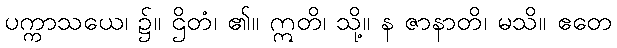
ပက္ကာသယေ၊ ၌။ ဌိတံ၊ ၏။ ဣတိ၊ သို့။ န ဇာနာတိ၊ မသိ။ ဧတေ